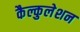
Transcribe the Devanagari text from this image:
कैल्कुलेशन